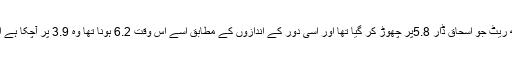
صورتحال یہ ہے کہ وہ گروتھ ریٹ جو اسحاق ڈار 5.8پر چھوڑ کر گیا تھا اور اسی دور کے اندازوں کے مطابق اسے اس وقت 6.2 ہونا تھا وہ 3.9 پر آچکا ہے اور ابھی مزید نیچے جائے گا۔